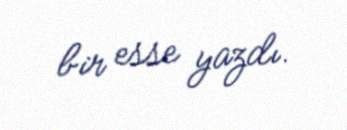
bir esse yazdı.